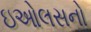
ઇઓલસનો